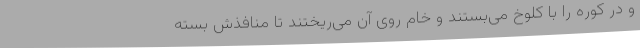
و درِ کوره را با کلوخ می‌بستند و خام روی آن می‌ریختند تا منافذش بسته